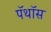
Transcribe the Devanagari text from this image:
पॅथॉस